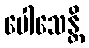
ပေါသေန္တိ